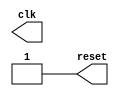
//testbench
module gen_clk(clk,reset);
	output		clk;
	output 		reset;
	reg 		clk,reset;

	initial 
	begin
		reset = 1;
		clk = 0;
		#3 reset = 0;
		#5 reset = 1;
	end

	always
		#5 clk = ~clk;

endmodule